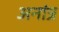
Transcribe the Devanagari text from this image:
अनांत्र